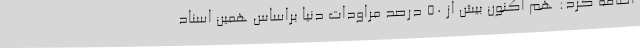
اضافه کرد: هم اکنون بیش از ۵۰ درصد مراودات دنیا براساس همین اسناد